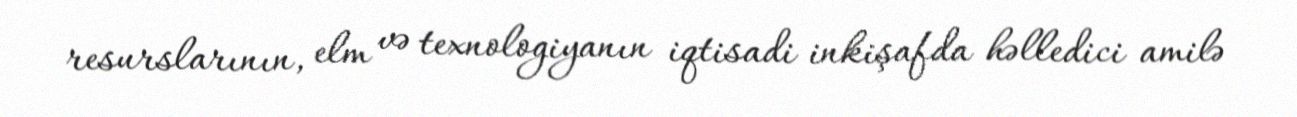
resurslarının, elm və texnologiyanın iqtisadi inkişafda həlledici amilə